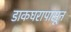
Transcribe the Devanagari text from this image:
डाकघरापासून